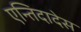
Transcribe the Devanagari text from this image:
एन्तिदादेस